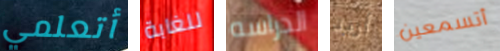
أتعلمي للغابة الدراسه أريد أتسمعين